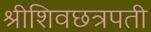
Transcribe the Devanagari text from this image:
श्रीशिवछत्रपती